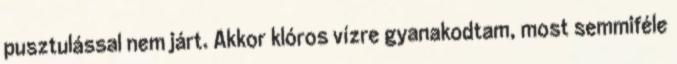
pusztulással nem járt. Akkor klóros vízre gyanakodtam, most semmiféle